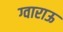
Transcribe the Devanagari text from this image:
ग्वाराऊ